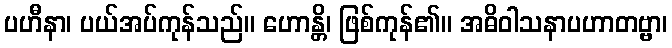
ပဟီနာ၊ ပယ်အပ်ကုန်သည်။ ဟောန္တိ၊ ဖြစ်ကုန်၏။ အဓိဝါသနာပဟာတဗ္ဗာ၊